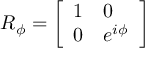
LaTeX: R _ { \phi } = { \left[ \begin{array} { l l } { 1 } & { 0 } \\ { 0 } & { e ^ { i \phi } } \end{array} \right] }